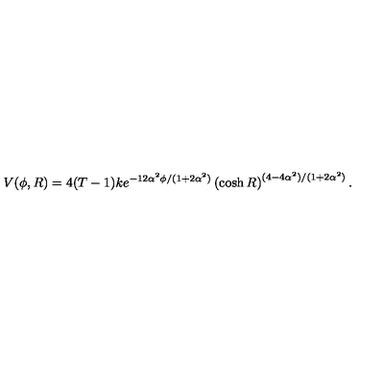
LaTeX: V ( \phi , R ) = 4 ( T - 1 ) k e ^ { - 1 2 \alpha ^ { 2 } \phi / ( 1 + 2 \alpha ^ { 2 } ) } \left( \cosh R \right) ^ { ( 4 - 4 \alpha ^ { 2 } ) / ( 1 + 2 \alpha ^ { 2 } ) } .